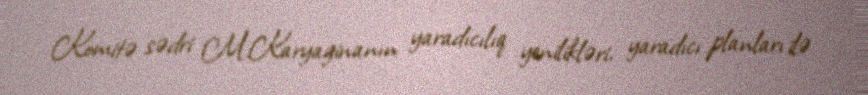
Komitə sədri M.Karyaginanın yaradıcılıq yenilikləri, yaradıcı planları ilə